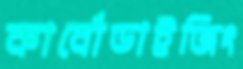
কার্বোডাইজিং